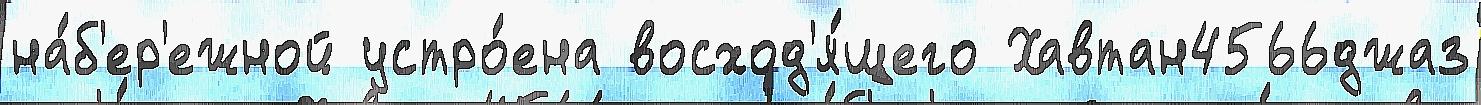
на́б'ер'ежной устро́ена восход'я́щего Хавтан4566джаз